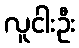
လူငါးဦး